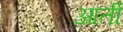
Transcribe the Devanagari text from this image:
आर्ती